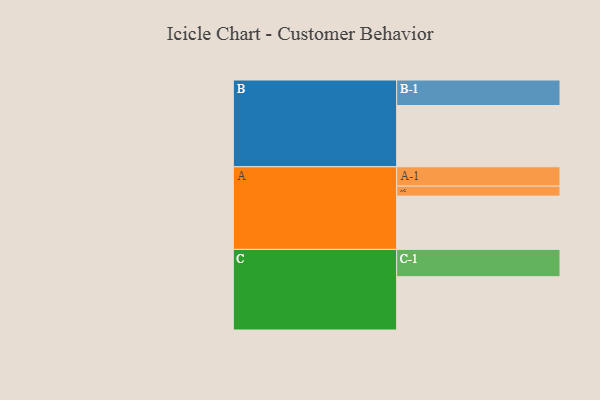
{"axis": {"x": "Segment", "y": "Value"}, "legend": ["", "A", "B", "C"], "data": [{"x": "A", "y": 474, "type": ""}, {"x": "B", "y": 545, "type": ""}, {"x": "C", "y": 474, "type": ""}, {"x": "A-1", "y": 172, "type": "A"}, {"x": "A-2", "y": 89, "type": "A"}, {"x": "B-1", "y": 227, "type": "B"}, {"x": "C-1", "y": 243, "type": "C"}]}